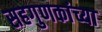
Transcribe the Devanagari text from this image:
सहगुणकांच्या